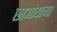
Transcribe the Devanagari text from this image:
छाओयामा